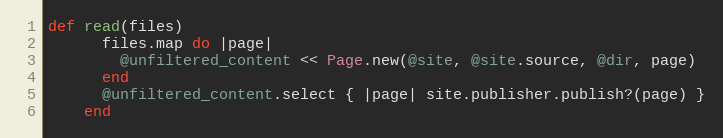
Language: Ruby
def read(files)
      files.map do |page|
        @unfiltered_content << Page.new(@site, @site.source, @dir, page)
      end
      @unfiltered_content.select { |page| site.publisher.publish?(page) }
    end